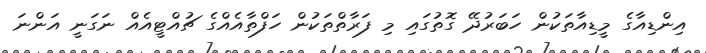
އިންޑިއާގެ މީޑިއާތަކުން ހަބަރުދޭ ގޮތުގައި މި ފަރާތްތަކުން ހަފްތާއެއްގެ ޗުއްޓީއެއް ނަގަނީ އަންނަ